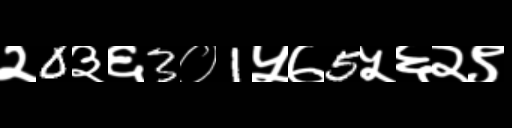
Text: २0३६3०1५७5५६२९